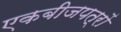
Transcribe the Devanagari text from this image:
एकबीजपत्रों